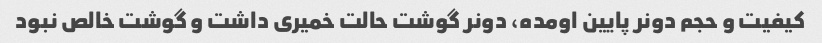
کیفیت و حجم دونر پایین اومده، دونر گوشت حالت خمیری داشت و گوشت خالص نبود